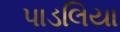
પાડલિયા